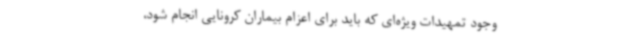
وجود تمهیدات ویژه‌ای که باید برای اعزام بیماران کرونایی انجام شود،